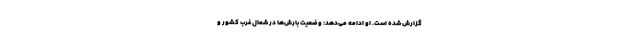
گزارش شده است. او ادامه می‌دهد: وضعیت بارش‌ها در شمال غرب کشور و